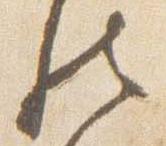
然